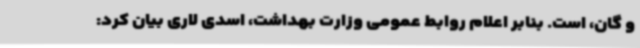
و گان، است. بنابر اعلام روابط عمومی وزارت بهداشت، اسدی لاری بیان کرد: